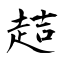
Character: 趌